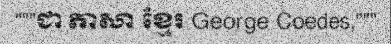
"""ជា ភាសា ខ្មែរ George Coedes,"""